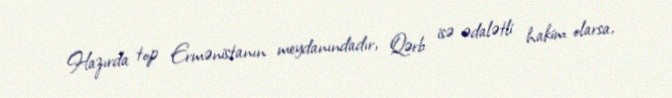
Hazırda top Ermənistanın meydanındadır, Qərb isə ədalətli hakim olarsa,